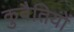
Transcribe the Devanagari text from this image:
कुवैतियों